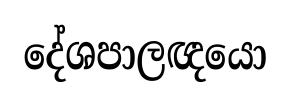
දේශපාලඥයො